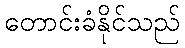
တောင်းခံနိုင်သည်